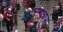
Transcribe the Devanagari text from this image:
जनतारा